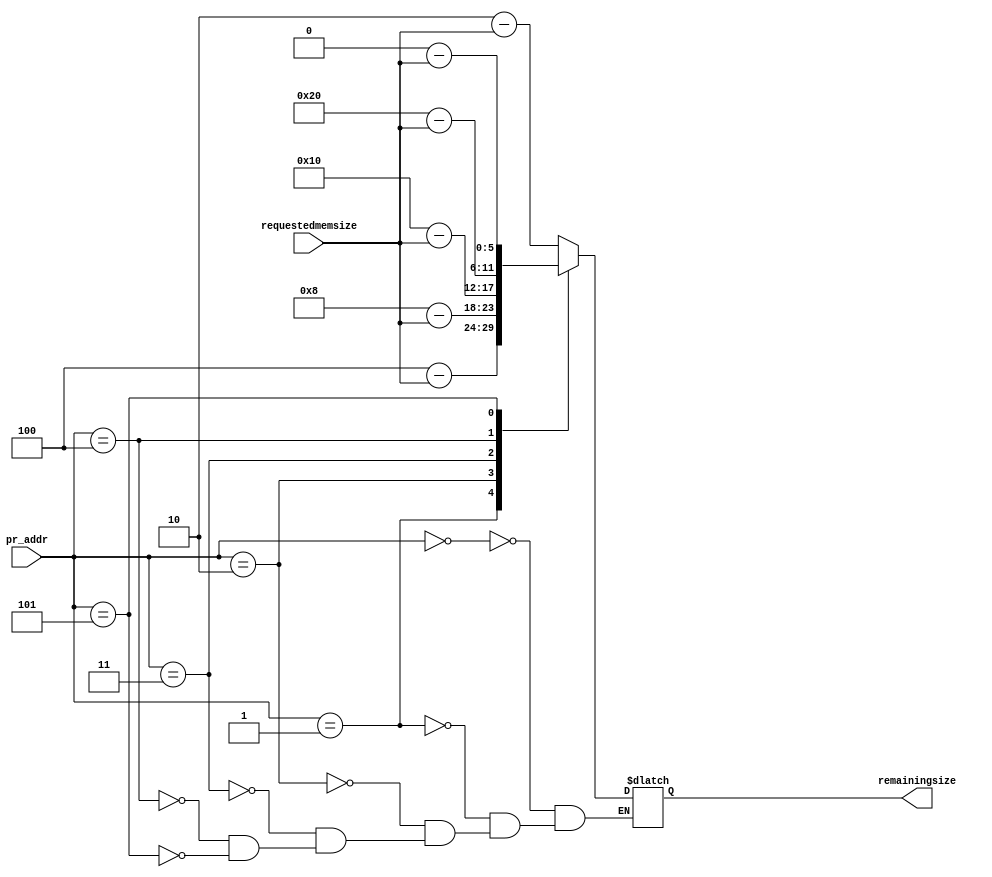
module mux_sub(input [5:0] requestedmemsize, output reg [5:0] remainingsize, input [2:0] pr_addr);
wire [5:0] s0,s1,s2,s3,s4,s5;
assign s0=2-requestedmemsize;
assign s1=4-requestedmemsize;
assign s2=8-requestedmemsize;
assign s3=16-requestedmemsize;
assign s4=32-requestedmemsize;
assign s5=64-requestedmemsize;

always @(*)
case(pr_addr)
0:remainingsize<=s0;
1:remainingsize<=s1;
2:remainingsize<=s2;
3:remainingsize<=s3;
4:remainingsize<=s4;
5:remainingsize<=s5;
endcase
endmodule

module comparator(input [5:0] remainingsize, output reg [5:0] updatedalloc,input [5:0] rd0,rd1,rd2,rd3,rd4,rd5,output upready);
wire [5:0] xor_value;
always @(*)
begin
if(remainingsize>=2)
updatedalloc[0]<=0;
else
updatedalloc[0]<=1;
if(remainingsize>=4)
updatedalloc[1]<=0;
else
updatedalloc[1]<=1;
if(remainingsize>=8)
updatedalloc[2]<=0;
else
updatedalloc[2]<=1;
if(remainingsize>=16)
updatedalloc[3]<=0;
else
updatedalloc[3]<=1;
if(remainingsize>=32)
updatedalloc[4]<=0;
else
updatedalloc[4]<=1;
if(remainingsize>=64)
updatedalloc[5]<=0;
else
updatedalloc[5]<=1;
end
assign xor_value=(updatedalloc^rd0) |(updatedalloc^rd1)|(updatedalloc^rd2)|(updatedalloc^rd3)
|(updatedalloc^rd4)|(updatedalloc^rd5);
assign upready=|xor_value;

endmodule